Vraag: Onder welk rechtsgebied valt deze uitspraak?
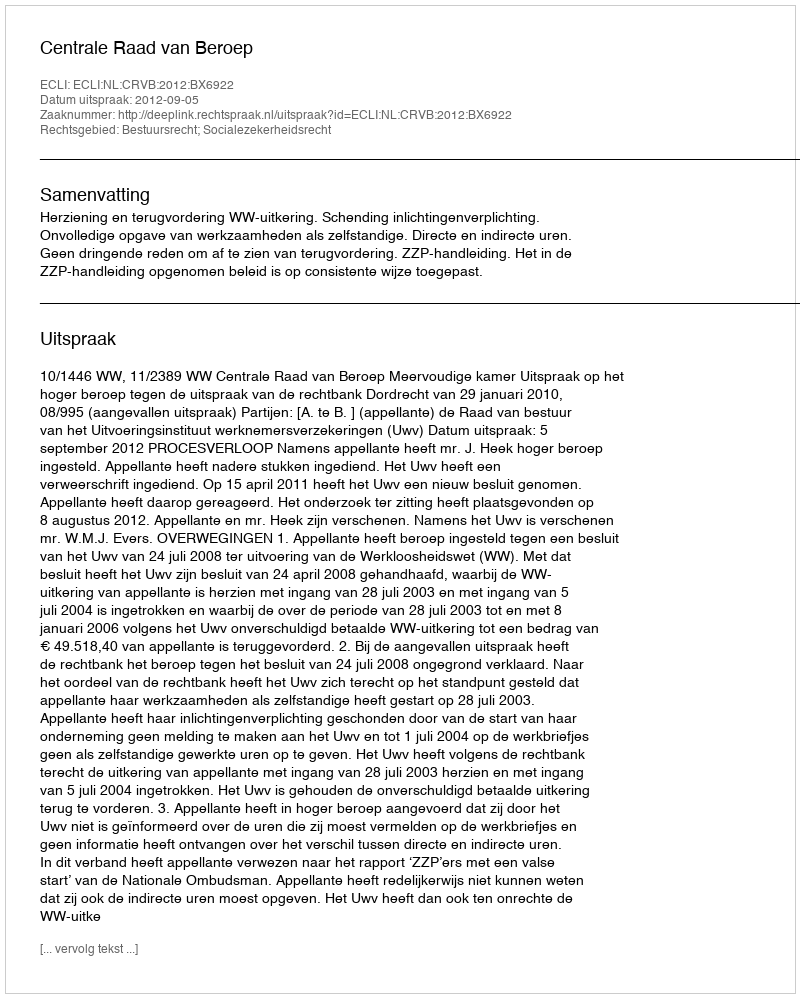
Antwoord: Bestuursrecht; Socialezekerheidsrecht